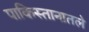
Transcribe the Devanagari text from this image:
पाकिस्तानातले